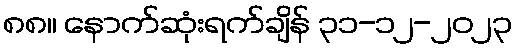
၈၈။ နောက်ဆုံးရက်ချိန် ၃၁-၁၂-၂၀၂၃